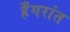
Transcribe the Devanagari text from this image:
हँगरांत